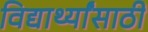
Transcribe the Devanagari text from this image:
विद्यार्थ्‍यांसाठी